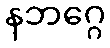
နဘဂ္ဂေ